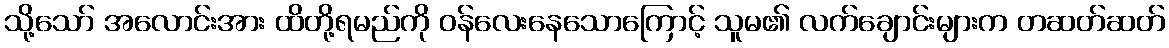
သို့သော် အလောင်းအား ထိတို့ရမည်ကို ဝန်လေးနေသောကြောင့် သူမ၏ လက်ချောင်းများက တဆတ်ဆတ်